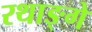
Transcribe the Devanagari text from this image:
रथाङ्गे